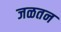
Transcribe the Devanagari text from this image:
जळतन